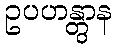
ဥပဟန္တွာန